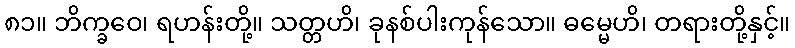
၈၁။ ဘိက္ခဝေ၊ ရဟန်းတို့။ သတ္တဟိ၊ ခုနစ်ပါးကုန်သော။ ဓမ္မေဟိ၊ တရားတို့နှင့်။